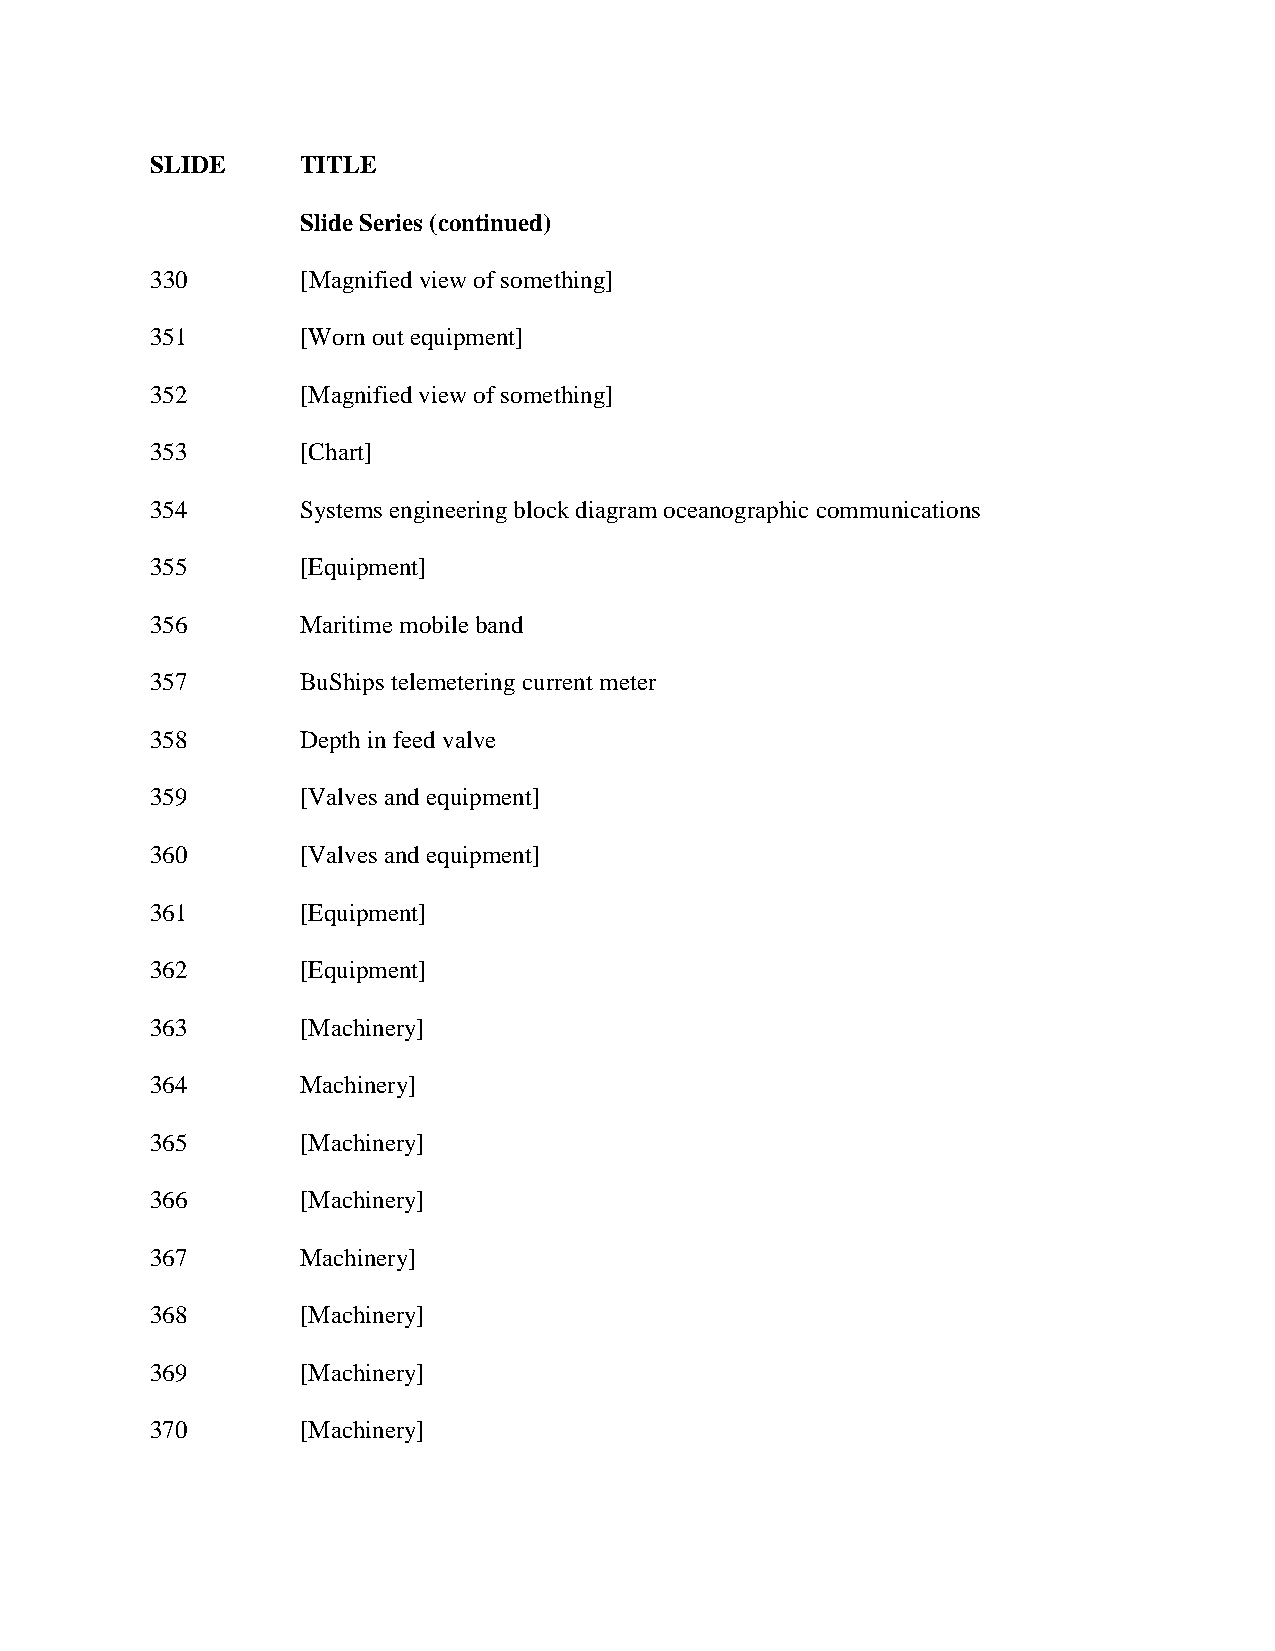
SLIDE     TITLE
 Slide Series (continued)
 330       [Magnified view of something]
 351       [Worn out equipment]
 352       [Magnified view of something]
 353       [Chart]
 354       Systems engineering block diagram oceanographic communications
 355       [Equipment]
 356       Maritime mobile band
 357       BuShips telemetering current meter
 358       Depth in feed valve
 359       [Valves and equipment]
 360       [Valves and equipment]
 361       [Equipment]
 362       [Equipment]
 363       [Machinery]
 364       Machinery]
 365       [Machinery]
 366       [Machinery]
 367       Machinery]
 368       [Machinery]
 369       [Machinery]
 370       [Machinery]